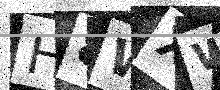
Text: H8WXW6